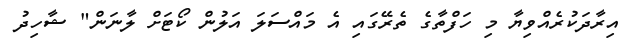
އިރާދަކުރެއްވިޔާ މި ހަފްތާގެ ތެރޭގައި އެ މައްސަލަ އަލުން ކޯޓަށް ލާނަން" ޝާހިދު